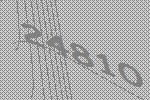
24810